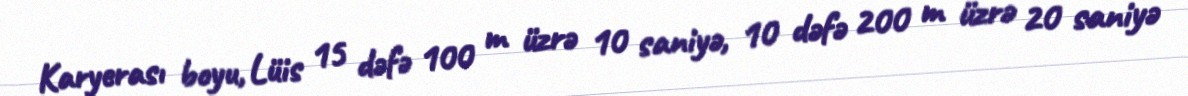
Karyerası boyu, Lüis 15 dəfə 100 m üzrə 10 saniyə, 10 dəfə 200 m üzrə 20 saniyə